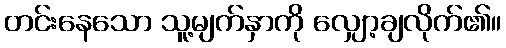
တင်းနေသော သူ့မျက်နှာကို လျှော့ချလိုက်၏။